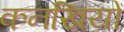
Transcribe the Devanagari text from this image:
कनखियों